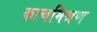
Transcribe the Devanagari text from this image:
काचमिश्रण